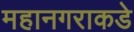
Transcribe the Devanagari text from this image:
महानगराकडे